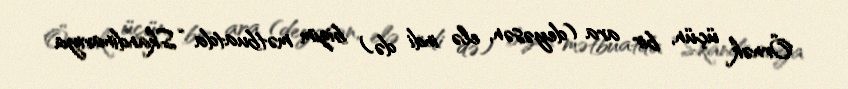
Örnək üçün, bir ara (deyəsən, elə indi də) bizim mətbuatda “Skandinaviya